Leaving Certificate Examination, 1917, 1917
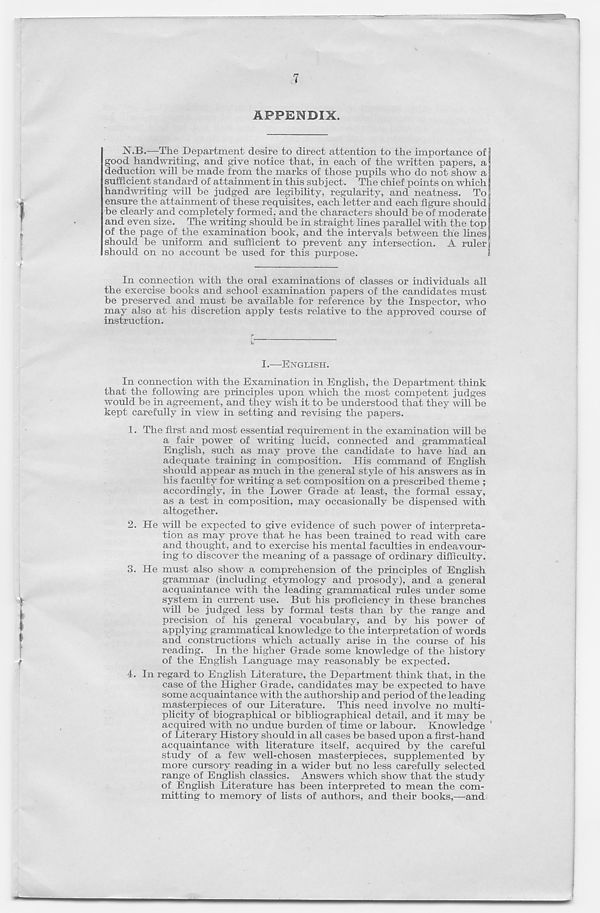
7
APPENDIX.
N.B.—The Department desire to direct attention to the importance of
good handwriting, and give notice that, in each of the written papers, a
deduction will be made from the marks of those pupils who do not show a
sufficient standard of attainment in this subject. The chief points on which
handwriting will be judged are legibility, regularity, and neatness. To
ensure the attainment of these requisites, each letter and each figure should
be clearly and completely formed, and the characters should be of moderate
and even size. The writing should be in straight lines parallel with the top
of the page of the examination book, and the intervals between the lines
should be uniform and sufficient to prevent any intersection. A ruler
should on no account be used for this purpose.
In connection with the oral examinations of classes or individuals all
the exercise books and school examination papers of the candidates must
be preserved and must be available for reference by the Inspector, who
may also at his discretion apply tests relative to the approved course of
instruction.
I.—ENGLISH.
In connection with the Examination in English, the Department think
that the following are principles upon which the most competent judges
would be in agreement, and they wish it to be understood that they will be
kept carefully in view in setting and revising the papers.
1. The first and most essential requirement in the examination will be
a fair power of writing lucid, connected and grammatical
English, such as may prove the candidate to have had an
adequate training in composition. His command of English
should appear as much in the general style of his answers as in
his faculty for writing a set composition on a prescribed theme ;
accordingly, in the Lower Grade at least, the formal essay,
as a test in composition, may occasionally be dispensed with
altogether.
2. He will be expected to give evidence of such power of interpreta-
tion as may prove that he has been trained to read with care
and thought, and to exercise his mental faculties in endeavour-
ing to discover the meaning of a passage of ordinary difficulty.
3. He must also show a comprehension of the principles of English
grammar (including etymology and prosody), and a general
acquaintance with the leading grammatical rules under some
system in current use. But his proficiency in these branches
will be judged less by formal tests than by the range and
precision of his general vocabulary, and by his power of
applying grammatical knowledge to the interpretation of words
and constructions which actually arise in the course of his
reading. In the higher Grade some knowledge of the history
of the English 'Language may reasonably be expected.
4. In regard to English Literature, the Department think that, in the
case of the Higher Grade, candidates may be expected to have
some acquaintance with the authorship and period of the leading
masterpieces of our Literature. This need involve no multi-
plicity of biographical or bibliographical detail, and it may be
acquired with no undue burden of time or labour. Knowledge
of Literary History should in all cases be based upon a first-hand
acquaintance with literature itself, acquired by the careful
study of a few well-chosen masterpieces, supplemented by
more cursory reading in a wider but no less carefully selected
range of English classics. Answers which show that the study
of English Literature has been interpreted to mean the com-
mitting to memory of lists of authors, and their books,—and